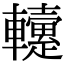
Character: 𨏡